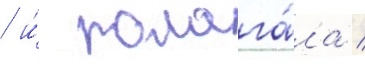
/ и́ полага́ла /